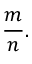
{ \frac { m } { n } } .